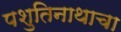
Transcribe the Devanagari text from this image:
पशुतिनाथाचा